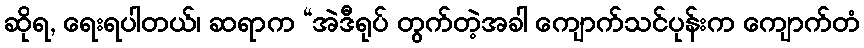
ဆိုရ, ရေးရပါတယ်၊ ဆရာက “အဲဒီရုပ် တွက်တဲ့အခါ ကျောက်သင်ပုန်းက ကျောက်တံ